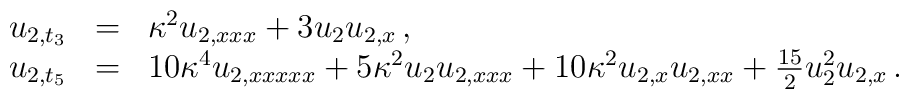
\begin{array}{rcl}u_{2,t_3} & = & \kappa^2 u_{2,xxx} + 3 u_2 u_{2,x} \,,         \\u_{2,t_5} & = & 10 \kappa^4 u_{2,xxxxx} + 5\kappa^2 u_2 u_{2,xxx}+ 10 \kappa^2 u_{2,x} u_{2,xx} + \frac{15}{2} u_2^2 u_{2,x} \,.\end{array}